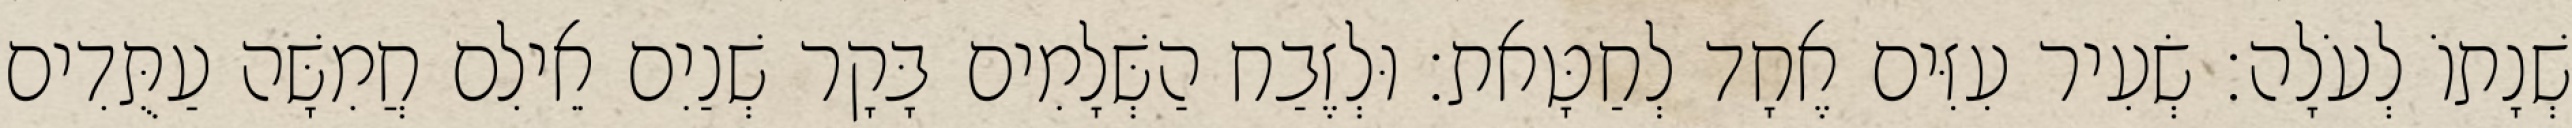
שְׁנָתוֹ לְעֹלָה׃ שְׂעִיר עִזִּים אֶחָד לְחַטָּאת׃ וּלְזֶבַח הַשְּׁלָמִים בָּקָר שְׁנַיִם אֵילִם חֲמִשָּׁה עַתֻּדִים